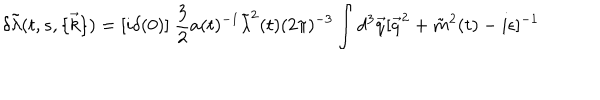
\delta \tilde { \lambda } ( t , s , \{ \vec { k } \} ) = [ i \delta ( 0 ) ] ~ \frac { 3 } { 2 } a ( t ) ^ { - 1 } \tilde { \lambda } ^ { 2 } ( t ) ( 2 \pi ) ^ { - 3 } \int d ^ { 3 } \vec { q } [ \vec { q } ^ { 2 } + \tilde { m } ^ { 2 } ( t ) - i \epsilon ] ^ { - 1 }